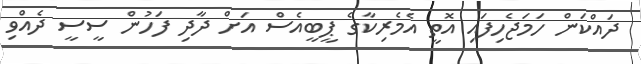
ދައްކަން ހަމަޖެހިފައި އޮތީ އެމެރިކާގެ ޕީބީއެސް އަށް ދާދި ފަހުން ސީސީ ދެއްވި